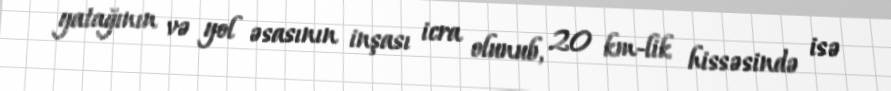
yatağının və yol əsasının inşası icra olunub, 20 km-lik hissəsində isə